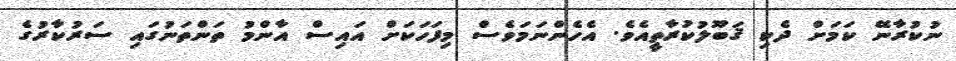
ނުކުރާނޭ ކަމަށް ދެކި ޤަބޫލުކުރާތީއެވެ. އެހެންނަމަވެސް މިފަހަކަށް އައިސް އާންމު ތަންތަނުގައި ސަރުކާރުގެ